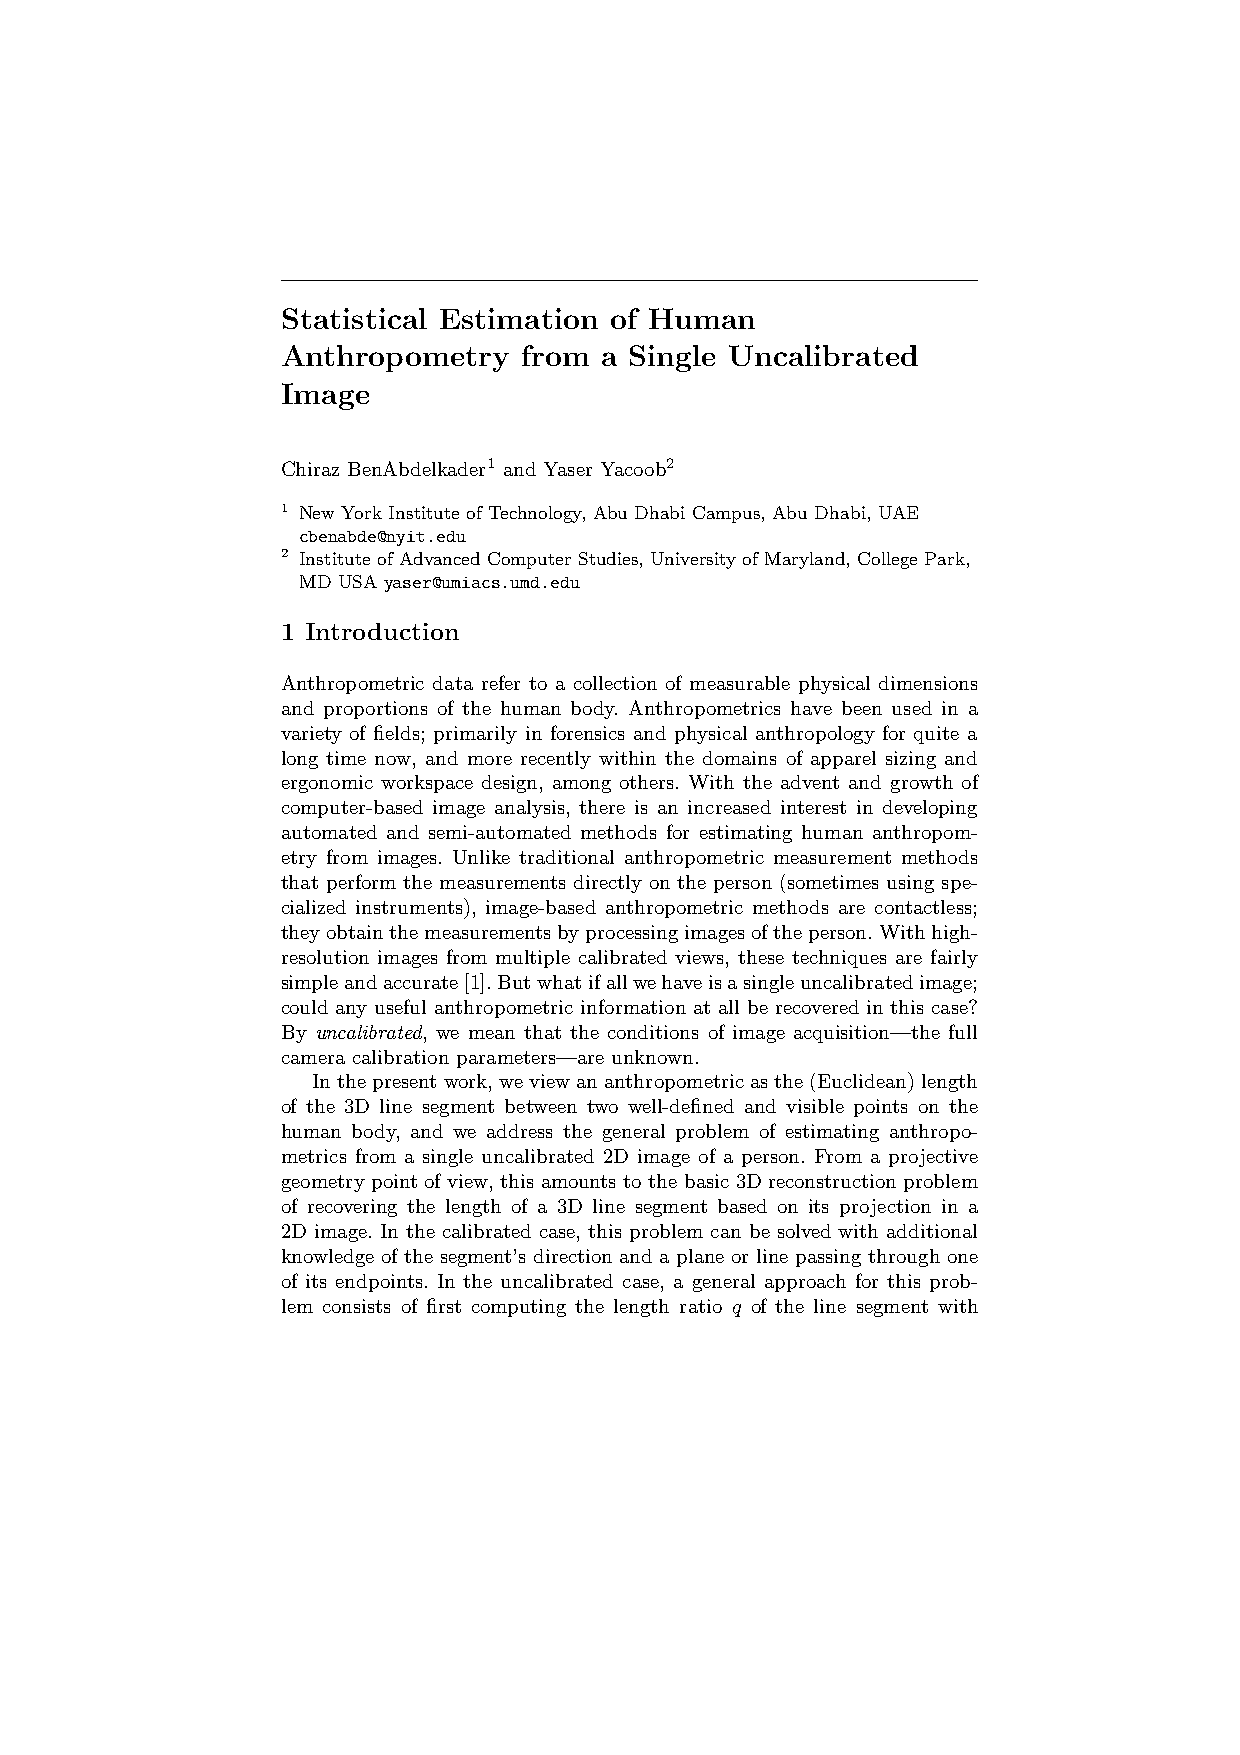
Statistical Estimation of Human
 Anthropometry   from a Single Uncalibrated
 Image
 Chiraz BenAbdelkader1 and Yaser Yacoob2
 1 New York Institute of Technology, Abu Dhabi Campus, Abu Dhabi, UAE
 cbenabde@nyit.edu
 2 Institute of Advanced Computer Studies, University of Maryland, College Park,
 MD USA yaser@umiacs.umd.edu
 1 Introduction
 Anthropometric data refer to a collection of measurable physical dimensions
 and proportions of the human body. Anthropometrics have been used in a
 variety of fields; primarily in forensics and physical anthropology for quite a
 long time now, and more recently within the domains of apparel sizing and
 ergonomic workspace design, among others. With the advent and growth of
 computer-based image analysis, there is an increased interest in developing
 automated and semi-automated methods for estimating human anthropom-
 etry from images. Unlike traditional anthropometric measurement methods
 that perform the measurements directly on the person (sometimes using spe-
 cialized instruments), image-based anthropometric methods are contactless;
 theyobtainthemeasurementsbyprocessingimagesoftheperson.Withhigh-
 resolution images from multiple calibrated views, these techniques are fairly
 simpleandaccurate[1].Butwhatifallwehaveisasingleuncalibratedimage;
 could any useful anthropometric information at all be recovered in this case?
 By uncalibrated, we mean that the conditions of image acquisition—the full
 camera calibration parameters—are unknown.
 Inthepresentwork,weviewananthropometricasthe(Euclidean)length
 of the 3D line segment between two well-defined and visible points on the
 human body, and we address the general problem of estimating anthropo-
 metrics from a single uncalibrated 2D image of a person. From a projective
 geometry point of view, this amounts to the basic 3D reconstruction problem
 of recovering the length of a 3D line segment based on its projection in a
 2D image. In the calibrated case, this problem can be solved with additional
 knowledge of the segment’s direction and a plane or line passing through one
 of its endpoints. In the uncalibrated case, a general approach for this prob-
 lem consists of first computing the length ratio q of the line segment with